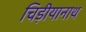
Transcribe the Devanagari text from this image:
चिड़ीयानाथ